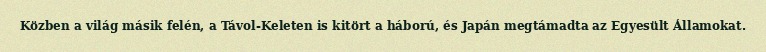
Közben a világ másik felén, a Távol-Keleten is kitört a háború, és Japán megtámadta az Egyesült Államokat.